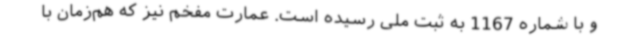
و با شماره 1167 به ثبت ملی رسیده است. عمارت مفخم نیز که هم‌زمان با